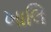
ખાલિ